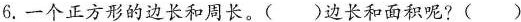
6.一个正方形的边长和周长。( )边长和面积呢?( )